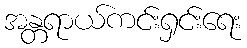
အန္တရာယ်ကင်းရှင်းရေး